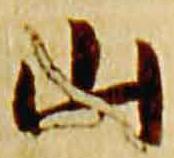
山